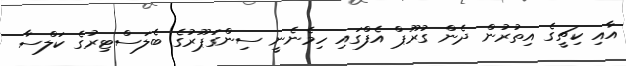
އާއި ކިޗީގެ އިތުރުން ދެން ގުރޫޕް އެފްގައި ހިމެނެނީ ސިންގަޕޫރުގެ ބެލަސްޓިރުގެ ކަލްސާ